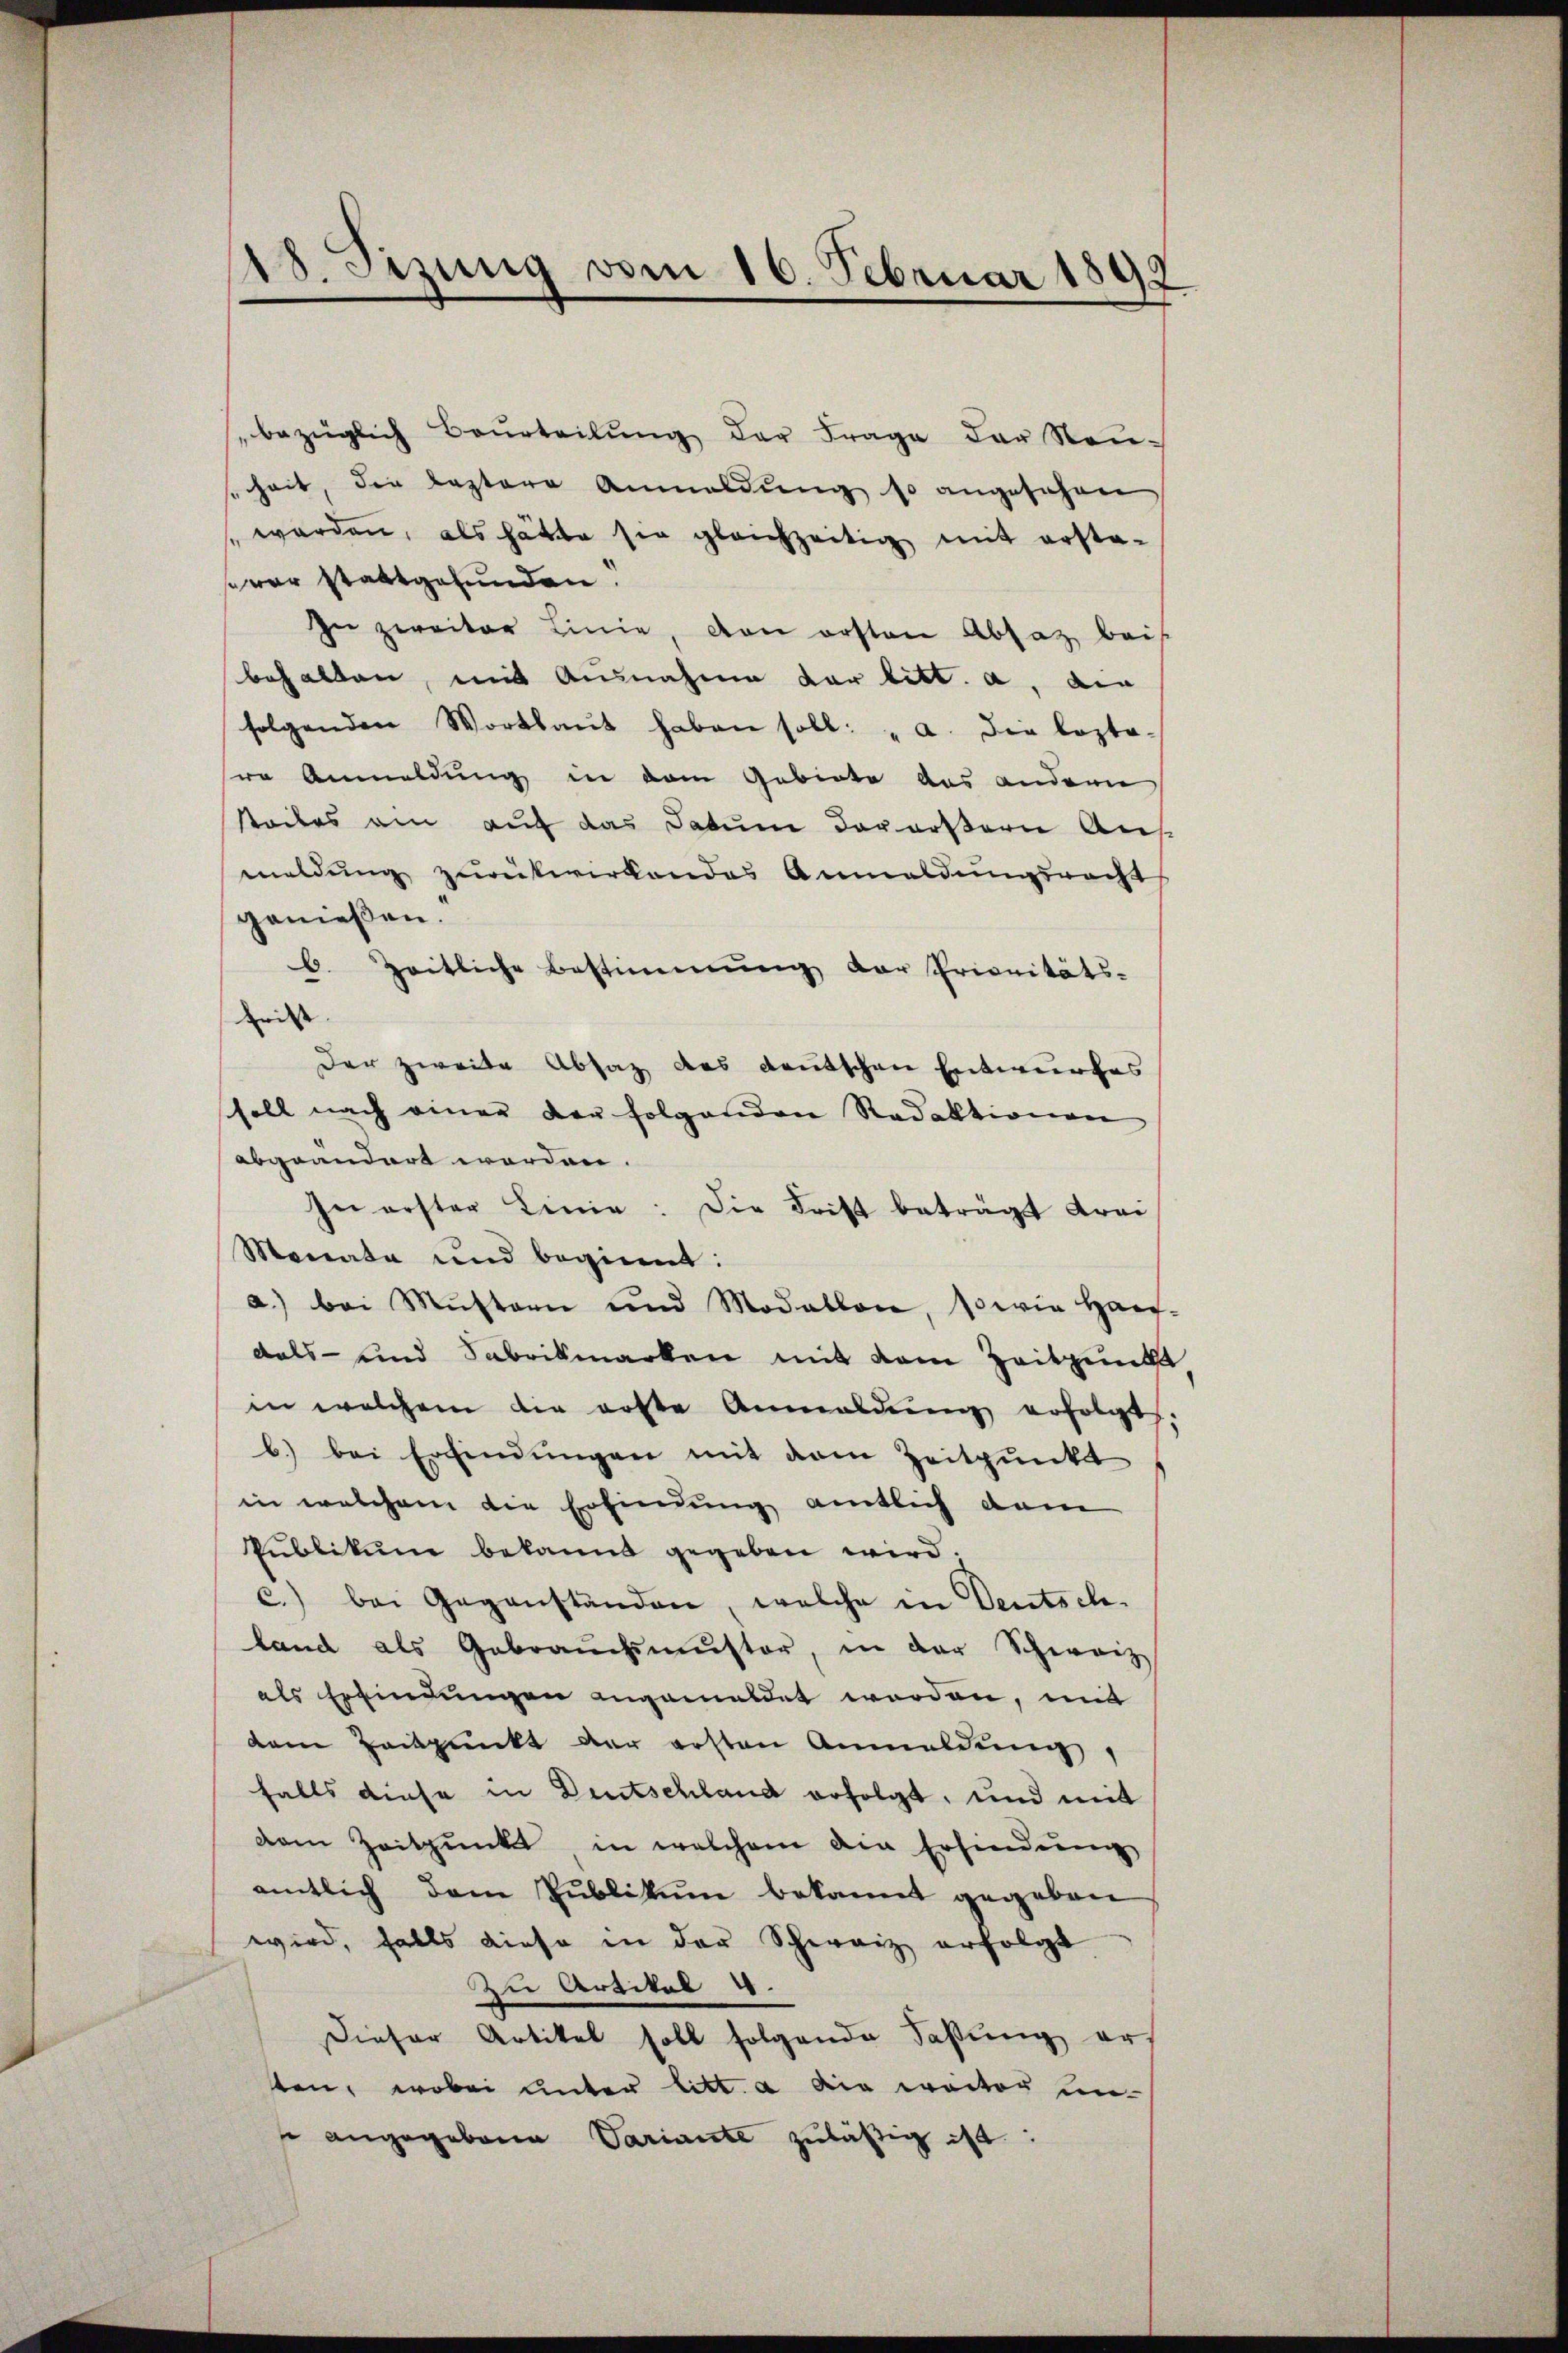
18. Sizung vom 16. Februar 1892

bezüglich Beurteilung der Frage der Neusenheit, die leztere Anmeldŭng so angesehen
 werden, als hätte sie gleichzeitig mit ersta-
war stattgefunden.
In zweiter Linie, von ersten Absatz bei
behalten, mit Ausnahme der litt. a. die
folgenden Wortlaut haben soll: "a. die Losto-
ro Anmeldung in dem Gebiete aus andern
steiles am auf das Datum davorstern Aufmeldung zurückwirkendes Anmeldungsrecht
genießen.
6. Zeitliche Bestimmung der Prioritäts-
rist |
Der zweite Absatz des deutschen Entwurfes
sholl nach einer der folgenden Redaktionen
abgeändert worden.
In erster Linie: Die Frist beträgt Frei
Monata und beginnt:
a.) bei Mŭstern und Modallon, sowie Haus-
dals- und Sabrikmarken mit dem Zeitpunkt,
in welchem die erste Anmeldung erfolgt,
b.) bei Erfindungen mit dem Zeitpunkt
in welchem die Erfindung amtlich dem
Publikum bekannt gegeben wird.
c.) bei Gegenständen, welche in Deutsch-
land als Gebraŭchmŭster, in der Schweiz
als Erfindungen angemeldet worden, mit
dem Zeitpunkt der ersten Anmeldŭng,
falls diese in Deutschland erfolgt, und mit
dem Zeitpunkt in welchem die Erfindung
amtlich dem Publikum bekannt gegeben
wird, falls diese in der Schweiz erfolgt
Zu Artikel 4.
Dieser Artikel soll folgende Faßung ers
tten, wobei unter litt. a die weiter un
 angegebene Variante zuläßig ist: